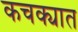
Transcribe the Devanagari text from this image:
कचक्यात